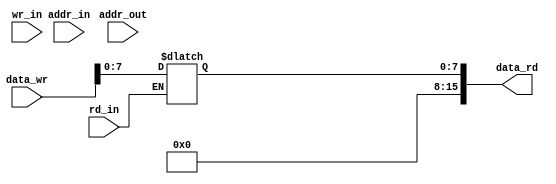
module aram8x16(input wr_in,rd_in,
	   input [2:0]addr_in,addr_out,
	   input [15:0]data_wr, output [15:0] data_rd);
	reg [7:0]out;				

reg [15:0] mem [7:0];

   always@(*)begin
      if(wr_in) mem[addr_in]=data_wr;
      if(rd_in) out = (rd_in) ? mem[addr_out] : 16'hzz;
   end
   assign data_rd = out;
endmodule